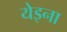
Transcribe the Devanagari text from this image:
येइना